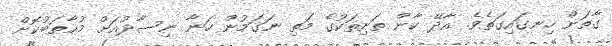
ގާތަށް ހިނގައިގަތެވެ. އާދޭ ކާން ތަށިތަކުގެ މަތި ނަގަމުން ހަނާ ނިސާދުއަށް މުޙާތަބުކޮށް